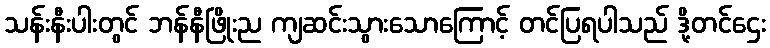
သန်းနီးပါးတွင် ဘန်နီဖြိုးည ကျဆင်းသွားသောကြောင့် တင်ပြရပါသည် ဒို့တင်ဌေး